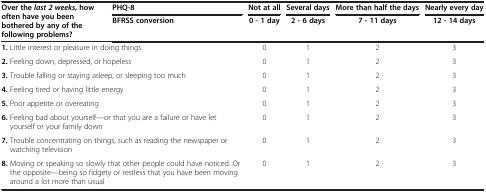
<table><thead><tr><td rowspan="2"><b>Over the <i>last 2 weeks, </i>how often have you been bothered by any of the following problems?</b></td><td><b>PHQ-8</b></td><td><b>Not at all</b></td><td><b>Several days</b></td><td><b>More than half the days</b></td><td><b>Nearly every day</b></td></tr><tr><td><b>BFRSS conversion</b></td><td><b>0 - 1 day</b></td><td><b>2 - 6 days</b></td><td><b>7 - 11 days</b></td><td><b>12 - 14 days</b></td></tr></thead><tbody><tr><td colspan="2"><b>1.</b> Little interest or pleasure in doing things</td><td>0</td><td>1</td><td>2</td><td>3</td></tr><tr><td colspan="2"><b>2.</b> Feeling down, depressed, or hopeless</td><td>0</td><td>1</td><td>2</td><td>3</td></tr><tr><td colspan="2"><b>3.</b> Trouble falling or staying asleep, or sleeping too much</td><td>0</td><td>1</td><td>2</td><td>3</td></tr><tr><td colspan="2"><b>4.</b> Feeling tired or having little energy</td><td>0</td><td>1</td><td>2</td><td>3</td></tr><tr><td colspan="2"><b>5.</b> Poor appetite or overeating</td><td>0</td><td>1</td><td>2</td><td>3</td></tr><tr><td colspan="2"><b>6.</b> Feeling bad about yourself—or that you are a failure or have let yourself or your family down</td><td>0</td><td>1</td><td>2</td><td>3</td></tr><tr><td colspan="2"><b>7.</b> Trouble concentrating on things, such as reading the newspaper or watching television</td><td>0</td><td>1</td><td>2</td><td>3</td></tr><tr><td colspan="2"><b>8.</b> Moving or speaking so slowly that other people could have noticed. Or the opposite—being so fidgety or restless that you have been moving around a lot more than usual</td><td>0</td><td>1</td><td>2</td><td>3</td></tr></tbody></table>